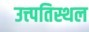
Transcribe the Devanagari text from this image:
उत्त्पतिस्थल